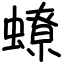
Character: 蟟